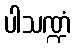
ပါသဏ္ဍံ